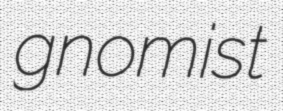
gnomist